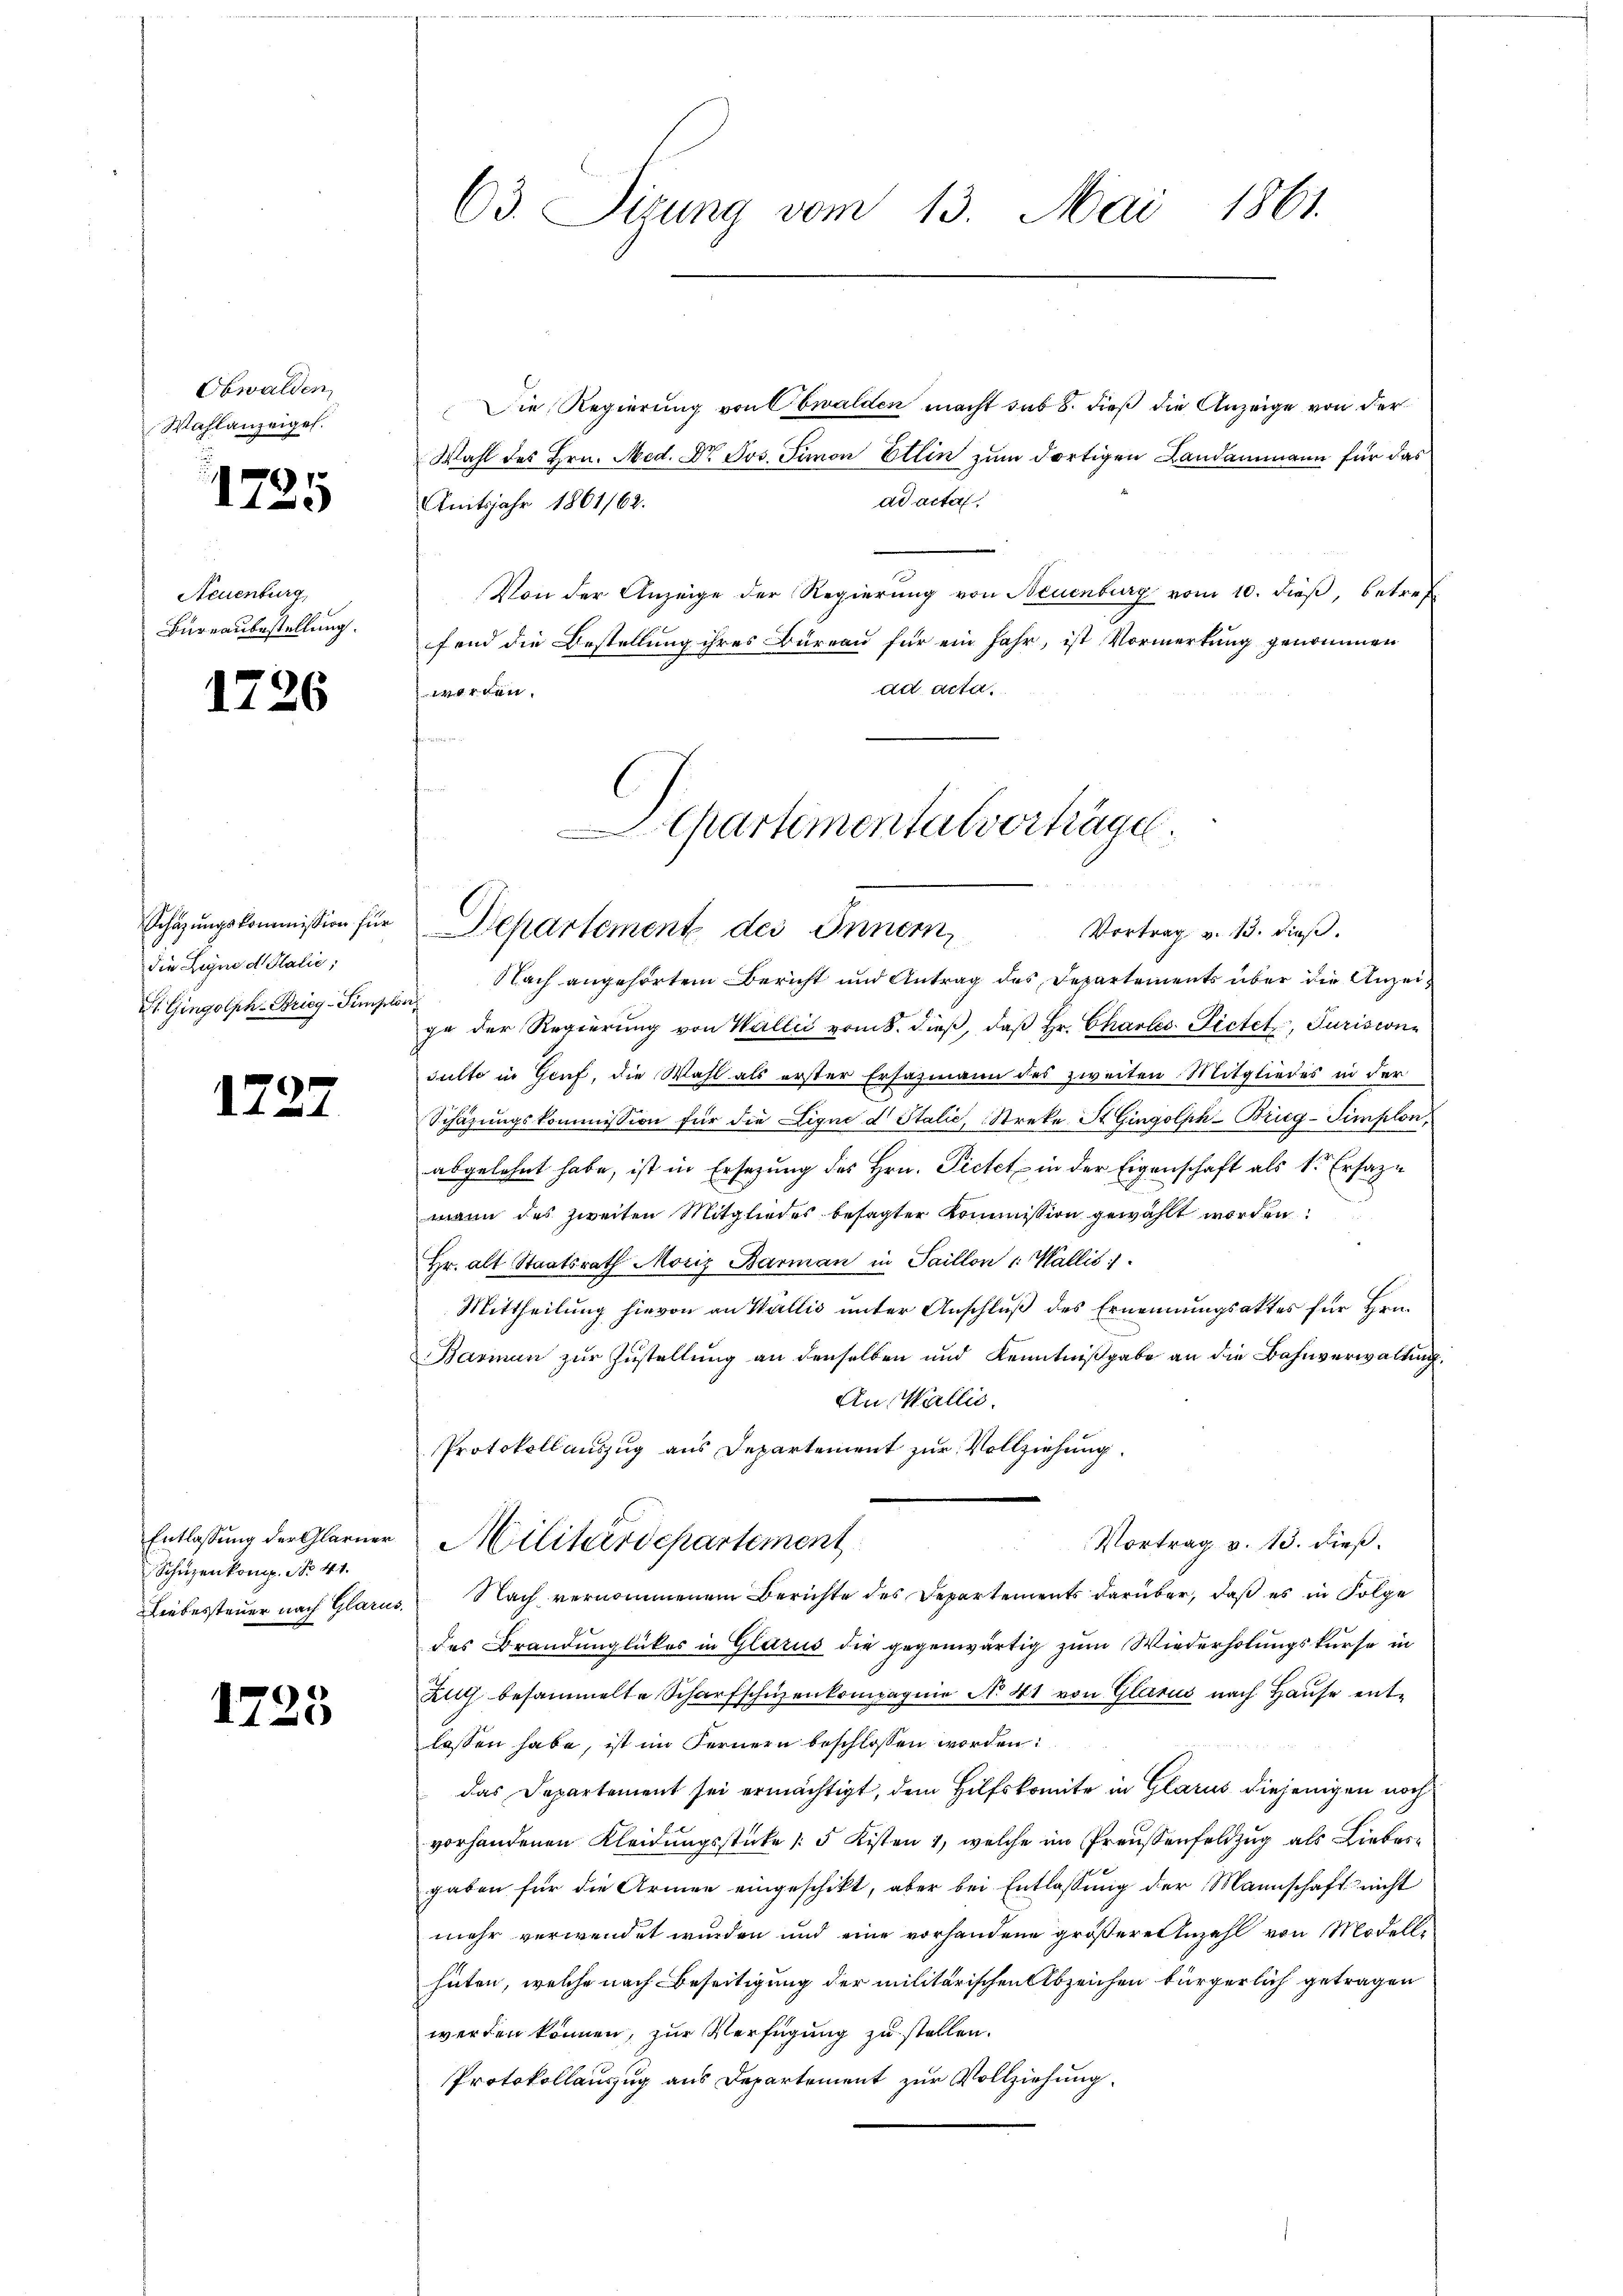
Obwalden,
Wahlanzeigel.

1735

Neuenburg,
Bureaubestellung.

1726

Schazungskommission für
die Leine d Italie;
St. Gingolph-Brieg - Simpl

1227

Schüzenkomp. No 41.

1725

63. Ditung vom 13. Mai 1861.

Die Regierung von Obwalden macht sub 8. dieß die Anzeige von der
Wahl des Hrn. Med. Dr Jos. Simon Ettin zum dortigen Landammann für das
ad acta
Amtsjahr 1861/62.
Von der Anzeige der Regierung von Neuenburg vom 10. dieß, betref
fend die Bestellung ihres Büreau für ein Jahr, ist Vormerkung genommen
ad acta.
worden.
f

Vortrag v. 13. dieß.
Nach angehörtem Bericht und Antrag des Departements über die Anzei¬
2
pe der Regierung von Wallis vom 8. dieß, daß Hr. Chartes. Pictet, Juriscon
sulte in Genf, die Wahl als erster Ersazmann des zweiten Mitgliedes in der
Schäzŭngskommission für die Ligne d Stalić, Streke St. Gingolph Brieg-Simplon,
abgelehnt habe, ist in Ersezung des Hrn. Pietet in der Eigenschaft als k. Ersaze
mann des zweiten Mitgliedes besagter Kommission gewählt worden.
hr. alt Staatsrath Moriz Barman in Saillon v. Wallis 1
Mittheilung hievon an Wallis unter Anschluß des Ernennungsaktes für Hrn.
Basman zur Zustellung an denselben und Kenntnißgabe an die Bahnverwaltung.
An Wallis.
Protokollauszug aus Departement zur Vollziehung.
Entlassung der Glarner Militärdepartement
Vortrag v. 13. dieß.
Liebessteuer nach Glarus. Nach vernommenem Berichte des Departements darüber, daß es in Folge
des Brandunglückes in Glarus die gegenwärtig zum Wiederholungskurse in
Kilch besammelte Scharfschüzenkompagnie N. 41 von Glarus nach Hause entlassen habe, ist im Fernern beschlossen worden:
das Departement sei ermächtigt, dem Hilfskomite in Glarus diejenigen noch
vorhandenen Kleidungsstücke |: 5 Kisten 1, welche im Preußenfeldzug als Liebesgaben für die Armen eingeschikt, aber bei Entlassung der Mannschaft nicht
mehr verwendet wurden und eine vorhandene größere Anzahl von Modelle
hüten, welche nach Beseitigung der militarischen Abzeichen bürgerlich getragen
werden können, zur Verfügung zu stellen.
Protokollauszug aus Departement zur Vollziehung.

Chartementalverträge.
Departement des Innern,